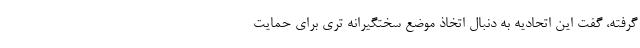
گرفته، گفت این اتحادیه به دنبال اتخاذ موضع سختگیرانه تری برای حمایت